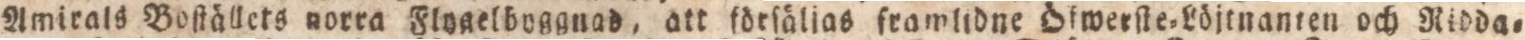
Amirals Boſtällets norra Flogelboggnad, att förſälias framlidne Öfwerſte=Löjtnanten och Nidda=